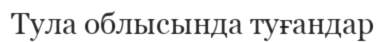
Тула облысында туғандар